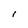
Character: r